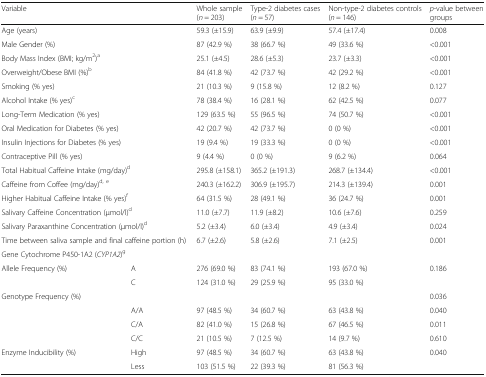
<table><thead><tr><td colspan="2"><b>Variable</b></td><td><b>Whole sample (<i>n</i> = 203)</b></td><td><b>Type-2 diabetes cases (<i>n</i> = 57)</b></td><td><b>Non-type-2 diabetes controls (<i>n</i> = 146)</b></td><td><b><i>p</i>-value between groups</b></td></tr></thead><tbody><tr><td colspan="2">Age (years)</td><td>59.3 (±15.9)</td><td>63.9 (±9.9)</td><td>57.4 (±17.4)</td><td>0.008</td></tr><tr><td colspan="2">Male Gender (%)</td><td>87 (42.9 %)</td><td>38 (66.7 %)</td><td>49 (33.6 %)</td><td>&lt;0.001</td></tr><tr><td colspan="2">Body Mass Index (BMI; kg/m<sup>2</sup>)<sup>a</sup></td><td>25.1 (±4.5)</td><td>28.6 (±5.3)</td><td>23.7 (±3.3)</td><td>&lt;0.001</td></tr><tr><td colspan="2">Overweight/Obese BMI (%)<sup>b</sup></td><td>84 (41.8 %)</td><td>42 (73.7 %)</td><td>42 (29.2 %)</td><td>&lt;0.001</td></tr><tr><td colspan="2">Smoking (% yes)</td><td>21 (10.3 %)</td><td>9 (15.8 %)</td><td>12 (8.2 %)</td><td>0.127</td></tr><tr><td colspan="2">Alcohol Intake (% yes)<sup>c</sup></td><td>78 (38.4 %)</td><td>16 (28.1 %)</td><td>62 (42.5 %)</td><td>0.077</td></tr><tr><td colspan="2">Long-Term Medication (% yes)</td><td>129 (63.5 %)</td><td>55 (96.5 %)</td><td>74 (50.7 %)</td><td>&lt;0.001</td></tr><tr><td colspan="2">Oral Medication for Diabetes (% yes)</td><td>42 (20.7 %)</td><td>42 (73.7 %)</td><td>0 (0 %)</td><td>&lt;0.001</td></tr><tr><td colspan="2">Insulin Injections for Diabetes (% yes)</td><td>19 (9.4 %)</td><td>19 (33.3 %)</td><td>0 (0 %)</td><td>&lt;0.001</td></tr><tr><td colspan="2">Contraceptive Pill (% yes)</td><td>9 (4.4 %)</td><td>0 (0 %)</td><td>9 (6.2 %)</td><td>0.064</td></tr><tr><td colspan="2">Total Habitual Caffeine Intake (mg/day)<sup>d</sup></td><td>295.8 (±158.1)</td><td>365.2 (±191.3)</td><td>268.7 (±134.4)</td><td>&lt;0.001</td></tr><tr><td colspan="2">Caffeine from Coffee (mg/day)<sup>d, e</sup></td><td>240.3 (±162.2)</td><td>306.9 (±195.7)</td><td>214.3 (±139.4)</td><td>0.001</td></tr><tr><td colspan="2">Higher Habitual Caffeine Intake (% yes)<sup>f</sup></td><td>64 (31.5 %)</td><td>28 (49.1 %)</td><td>36 (24.7 %)</td><td>0.001</td></tr><tr><td colspan="2">Salivary Caffeine Concentration (μmol/l)<sup>d</sup></td><td>11.0 (±7.7)</td><td>11.9 (±8.2)</td><td>10.6 (±7.6)</td><td>0.259</td></tr><tr><td colspan="2">Salivary Paraxanthine Concentration (μmol/l)<sup>d</sup></td><td>5.2 (±3.4)</td><td>6.0 (±3.4)</td><td>4.9 (±3.4)</td><td>0.024</td></tr><tr><td colspan="2">Time between saliva sample and final caffeine portion (h)</td><td>6.7 (±2.6)</td><td>5.8 (±2.6)</td><td>7.1 (±2.5)</td><td>0.001</td></tr><tr><td colspan="6">Gene Cytochrome P450-1A2 (<i>CYP1A2</i>)<sup>g</sup></td></tr><tr><td rowspan="2">Allele Frequency (%)</td><td>A</td><td>276 (69.0 %)</td><td>83 (74.1 %)</td><td>193 (67.0 %)</td><td rowspan="2">0.186</td></tr><tr><td>C</td><td>124 (31.0 %)</td><td>29 (25.9 %)</td><td>95 (33.0 %)</td></tr><tr><td>Genotype Frequency (%)</td><td></td><td></td><td></td><td></td><td>0.036</td></tr><tr><td rowspan="3"></td><td>A/A</td><td>97 (48.5 %)</td><td>34 (60.7 %)</td><td>63 (43.8 %)</td><td>0.040</td></tr><tr><td>C/A</td><td>82 (41.0 %)</td><td>15 (26.8 %)</td><td>67 (46.5 %)</td><td>0.011</td></tr><tr><td>C/C</td><td>21 (10.5 %)</td><td>7 (12.5 %)</td><td>14 (9.7 %)</td><td>0.610</td></tr><tr><td rowspan="2">Enzyme Inducibility (%)</td><td>High</td><td>97 (48.5 %)</td><td>34 (60.7 %)</td><td>63 (43.8 %)</td><td rowspan="2">0.040</td></tr><tr><td>Less</td><td>103 (51.5 %)</td><td>22 (39.3 %)</td><td>81 (56.3 %)</td></tr></tbody></table>